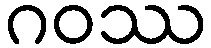
ဂဝဿ